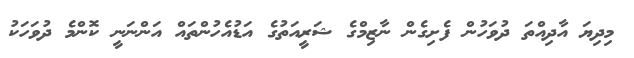
މިދިޔަ އާދިއްތަ ދުވަހުން ފެށިގެން ނާޒިމްގެ ޝަރީއަތުގެ އަޑުއެހުންތައް އަންނަނީ ކޮންމެ ދުވަހަކު